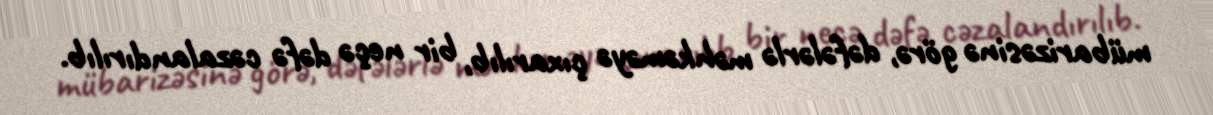
mübarizəsinə görə, dəfələrlə məhkəməyə çıxarılıb, bir neçə dəfə cəzalandırılıb.